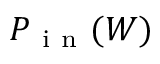
P _ { \mathrm { ~ i ~ n ~ } } ( W )